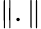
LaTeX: \parallel.\parallel